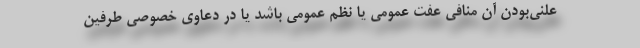
علنی‌بودن آن منافی عفت عمومی یا نظم عمومی باشد یا در دعاوی خصوصی طرفین